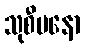
သုစီမနော